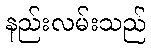
နည်းလမ်းသည်